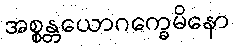
အစ္စန္တယောဂက္ခေမိနော